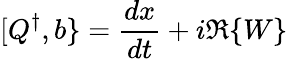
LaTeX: [Q^{\dagger},b\} ={\frac{dx}{dt}}+i\Re\{ W\}